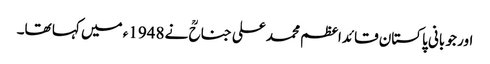
اور جو بانی پاکستان قائداعظم محمد علی جناحؒ نے 1948ء میں کہا تھا۔